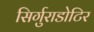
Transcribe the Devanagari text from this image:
सिर्गुराडोटिर